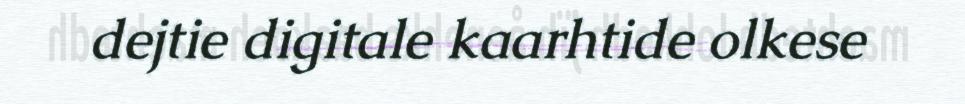
dejtie digitale kaarhtide olkese